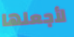
لأجعلها